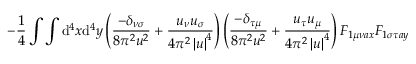
- \frac { 1 } { 4 } \int \int \mathrm { d } ^ { 4 } x \mathrm { d } ^ { 4 } y \left( \frac { - \delta _ { \nu \sigma } } { 8 \pi ^ { 2 } u ^ { 2 } } + \frac { u _ { \nu } u _ { \sigma } } { 4 \pi ^ { 2 } \left| u \right| ^ { 4 } } \right) \left( \frac { - \delta _ { \tau \mu } } { 8 \pi ^ { 2 } u ^ { 2 } } + \frac { u _ { \tau } u _ { \mu } } { 4 \pi ^ { 2 } \left| u \right| ^ { 4 } } \right) F _ { 1 \mu \nu a x } F _ { 1 \sigma \tau a y }